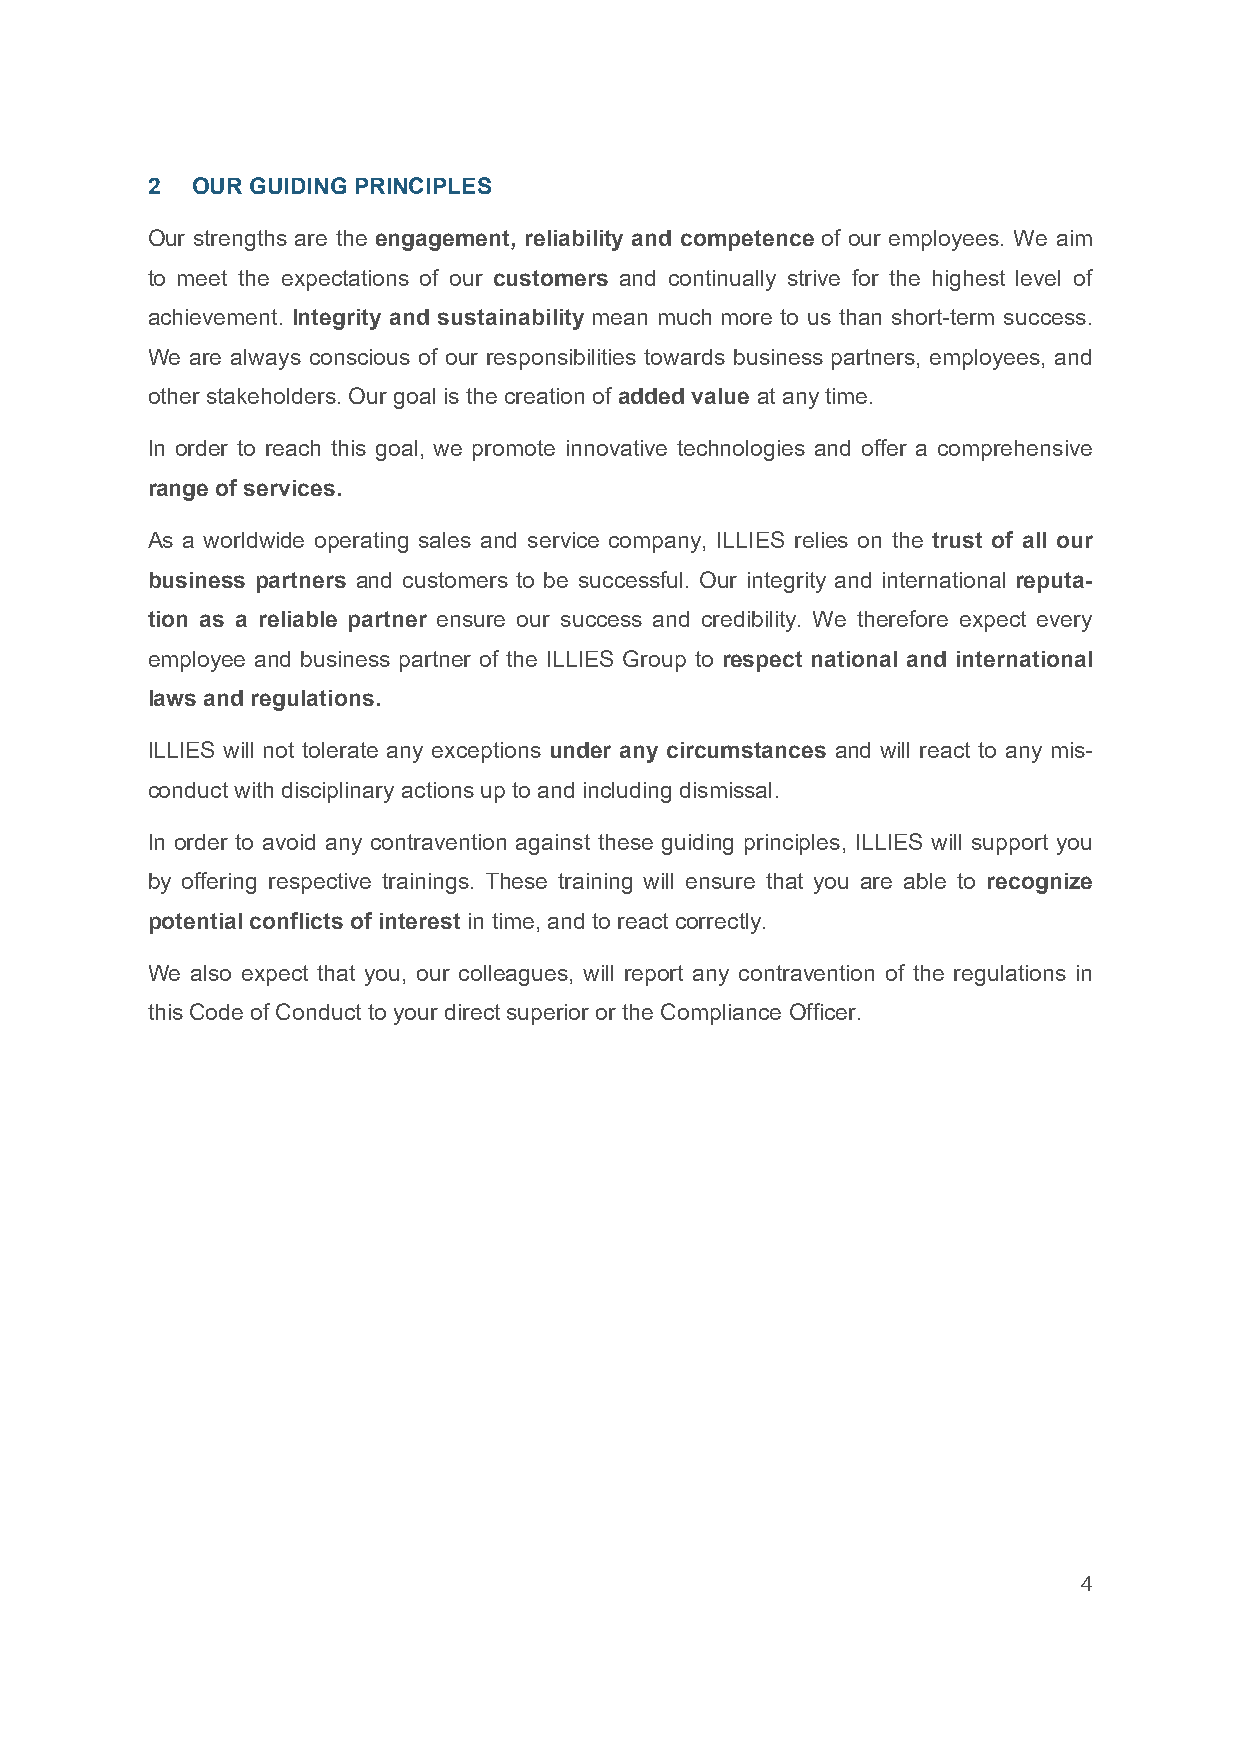
2  OUR GUIDING PRINCIPLES
 Our strengths are the engagement, reliability and competence of our employees. We aim
 to meet the expectations of our customers and continually strive for the highest level of
 achievement. Integrity and sustainability mean much more to us than short-term success.
 We are always conscious of our responsibilities towards business partners, employees, and
 other stakeholders. Our goal is the creation of added value at any time.
 In order to reach this goal, we promote innovative technologies and offer a comprehensive
 range of services.
 As a worldwide operating sales and service company, ILLIES relies on the trust of all our
 business partners and customers to be successful. Our integrity and international reputa-
 tion as a reliable partner ensure our success and credibility. We therefore expect every
 employee and business partner of the ILLIES Group to respect national and international
 laws and regulations.
 ILLIES will not tolerate any exceptions under any circumstances and will react to any mis-
 conduct with disciplinary actions up to and including dismissal.
 In order to avoid any contravention against these guiding principles, ILLIES will support you
 by offering respective trainings. These training will ensure that you are able to recognize
 potential conflicts of interest in time, and to react correctly.
 We also expect that you, our colleagues, will report any contravention of the regulations in
 this Code of Conduct to your direct superior or the Compliance Officer.
 4